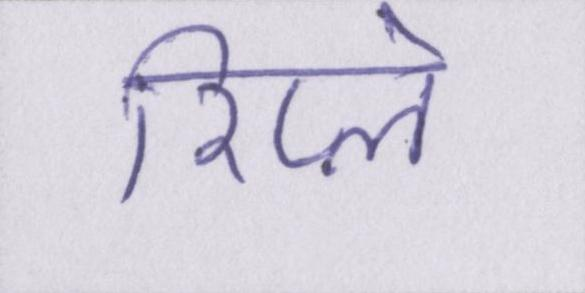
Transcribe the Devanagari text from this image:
रिप्ले